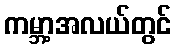
ကမ္ဘာ့အလယ်တွင်